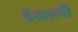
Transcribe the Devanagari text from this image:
डेंकाली